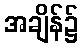
အချိန်၌